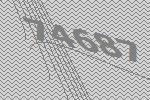
74687